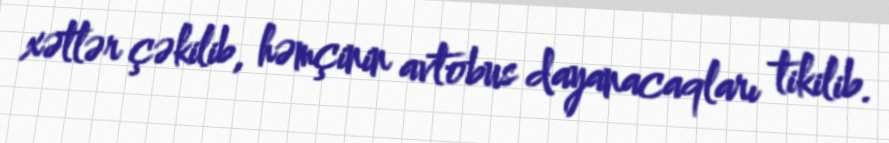
xətlər çəkilib, həmçinin avtobus dayanacaqları tikilib.